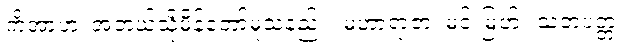
ကိံအာဟ၊ အဘယ်သို့မိန့်တော်မူသနည်း။ မဟာရာဇာ၊ မင်းမြတ်။ သတပတ္တံ၊